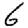
Digit: 6